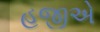
હજીએ